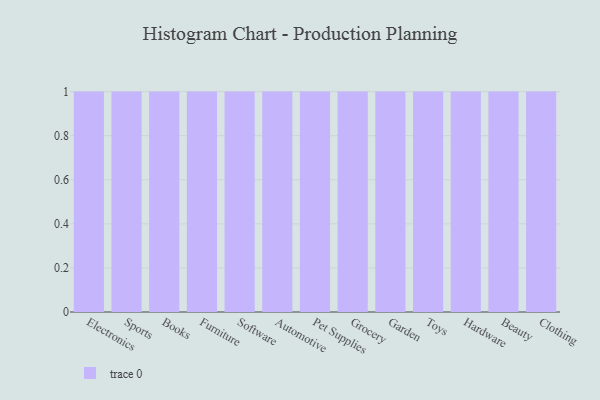
{"axis": {"x": "Category", "y": "Net Income (USD K)"}, "legend": [""], "data": [{"x": "Electronics", "y": 39, "type": ""}, {"x": "Sports", "y": 53, "type": ""}, {"x": "Books", "y": 45, "type": ""}, {"x": "Furniture", "y": 83, "type": ""}, {"x": "Software", "y": 28, "type": ""}, {"x": "Automotive", "y": 59, "type": ""}, {"x": "Pet Supplies", "y": 9, "type": ""}, {"x": "Grocery", "y": 88, "type": ""}, {"x": "Garden", "y": 22, "type": ""}, {"x": "Toys", "y": 20, "type": ""}, {"x": "Hardware", "y": 45, "type": ""}, {"x": "Beauty", "y": 28, "type": ""}, {"x": "Clothing", "y": 52, "type": ""}]}